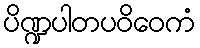
ပိဏ္ဍပါတပဝိဝေကံ